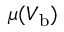
\mu ( V _ { \mathrm { b } } )